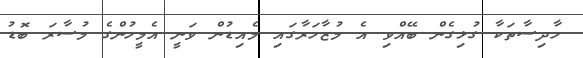
ހާދިސާތަކާ ގުޅިގެން ބޭއްވި އެ މުޒާހަރާގައި މެއިޑުން ވަނީ އެމީހުންގެ މުސާރަ ބޮޑު